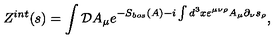
Z ^ { i n t } ( s ) = \int { \cal D } A _ { \mu } e ^ { - S _ { b o s } ( A ) - i \int d ^ { 3 } x \varepsilon ^ { \mu \nu \rho } A _ { \mu } \partial _ { \nu } s _ { \rho } } ,